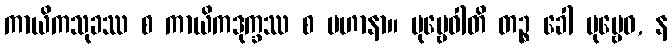
ကာယိကသုခဿ စ ကာယိကဒုက္ခဿ စ ပဟာနာ။ ပုဗ္ဗေဝါတိ တဉ္စ ခေါ ပုဗ္ဗေဝ, န